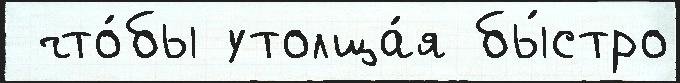
 что́бы утолща́я бы́стро